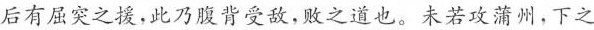
后有屈突之援，此乃腹背受敌，败之道也。未若攻蒲州，下之